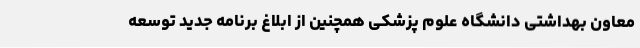
معاون بهداشتی دانشگاه علوم پزشکی همچنین از ابلاغ برنامه جدید توسعه